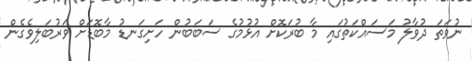
ނުވަތަ ދުވާލު މަސައްކަތުގައި މާ ބުރަކޮށް އުޅުމުގެ ސަބަބުން ހަށިގަނޑު މާބޮޑަށް ވަރުބަލިވެގެން